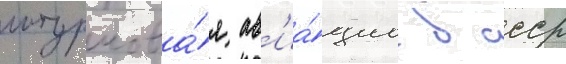
штурмова́я ав'иа́циа в ссср